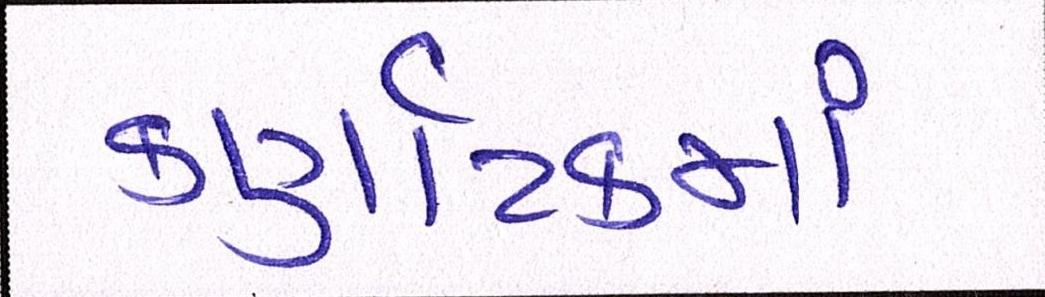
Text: કર્ણાટકમાં